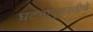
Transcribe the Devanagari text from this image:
घटनादुरुस्तीचे